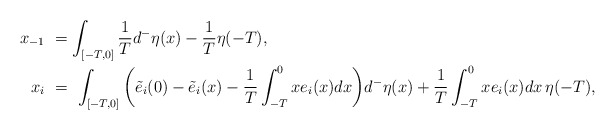
\begin{align*}x_{-1} \ &= \int_{[-T,0]} \frac{1}{T} d^-\eta(x) - \frac{1}{T}\eta(-T), \\x_i \ &= \ \int_{[-T,0]}\bigg (\tilde e_i(0)-\tilde e_i(x)- \frac{1}{T}\int_{-T}^0 xe_i(x)dx\bigg )d^-\eta(x) + \frac{1}{T}\int_{-T}^0 xe_i(x)dx\,\eta(-T),\end{align*}